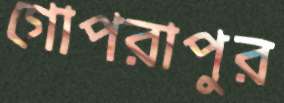
গোপরাপুর